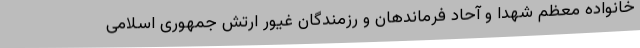
خانواده معظم شهدا و آحاد فرماندهان و رزمندگان غیور ارتش جمهوری اسلامی